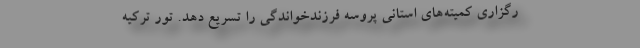
رگزاری کمیته‌های استانی پروسه فرزندخواندگی را تسریع دهد. تور ترکیه